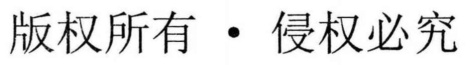
版权所有 \cdot 侵权必究